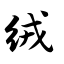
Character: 绒